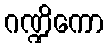
ဂဏ္ဍိကော